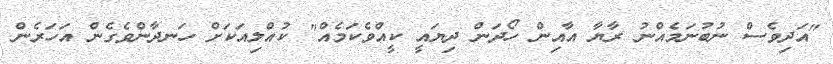
"އަދިވެސް ނުބުނަމެއްނު ރާޔާ އާއިން ހޯދަން ދިޔައީ ކީއްވެކަމެއް" ކުއްލިއަކަށް ހަނދާންވެގެން އަހަރެން